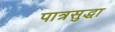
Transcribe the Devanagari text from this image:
पात्रसुद्धा